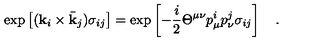
\mathrm { e x p } \left[ ( { \bf k } _ { i } \times { \bar { \bf k } } _ { j } ) \sigma _ { i j } \right] = \mathrm { e x p } \left[ - { \frac { i } { 2 } } \Theta ^ { \mu \nu } p _ { \mu } ^ { i } p _ { \nu } ^ { j } \sigma _ { i j } \right] \quad .